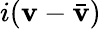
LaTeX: i(\mathbf{v}-{\bar{{\mathbf{v}}}})